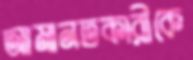
আমানতকারীকে